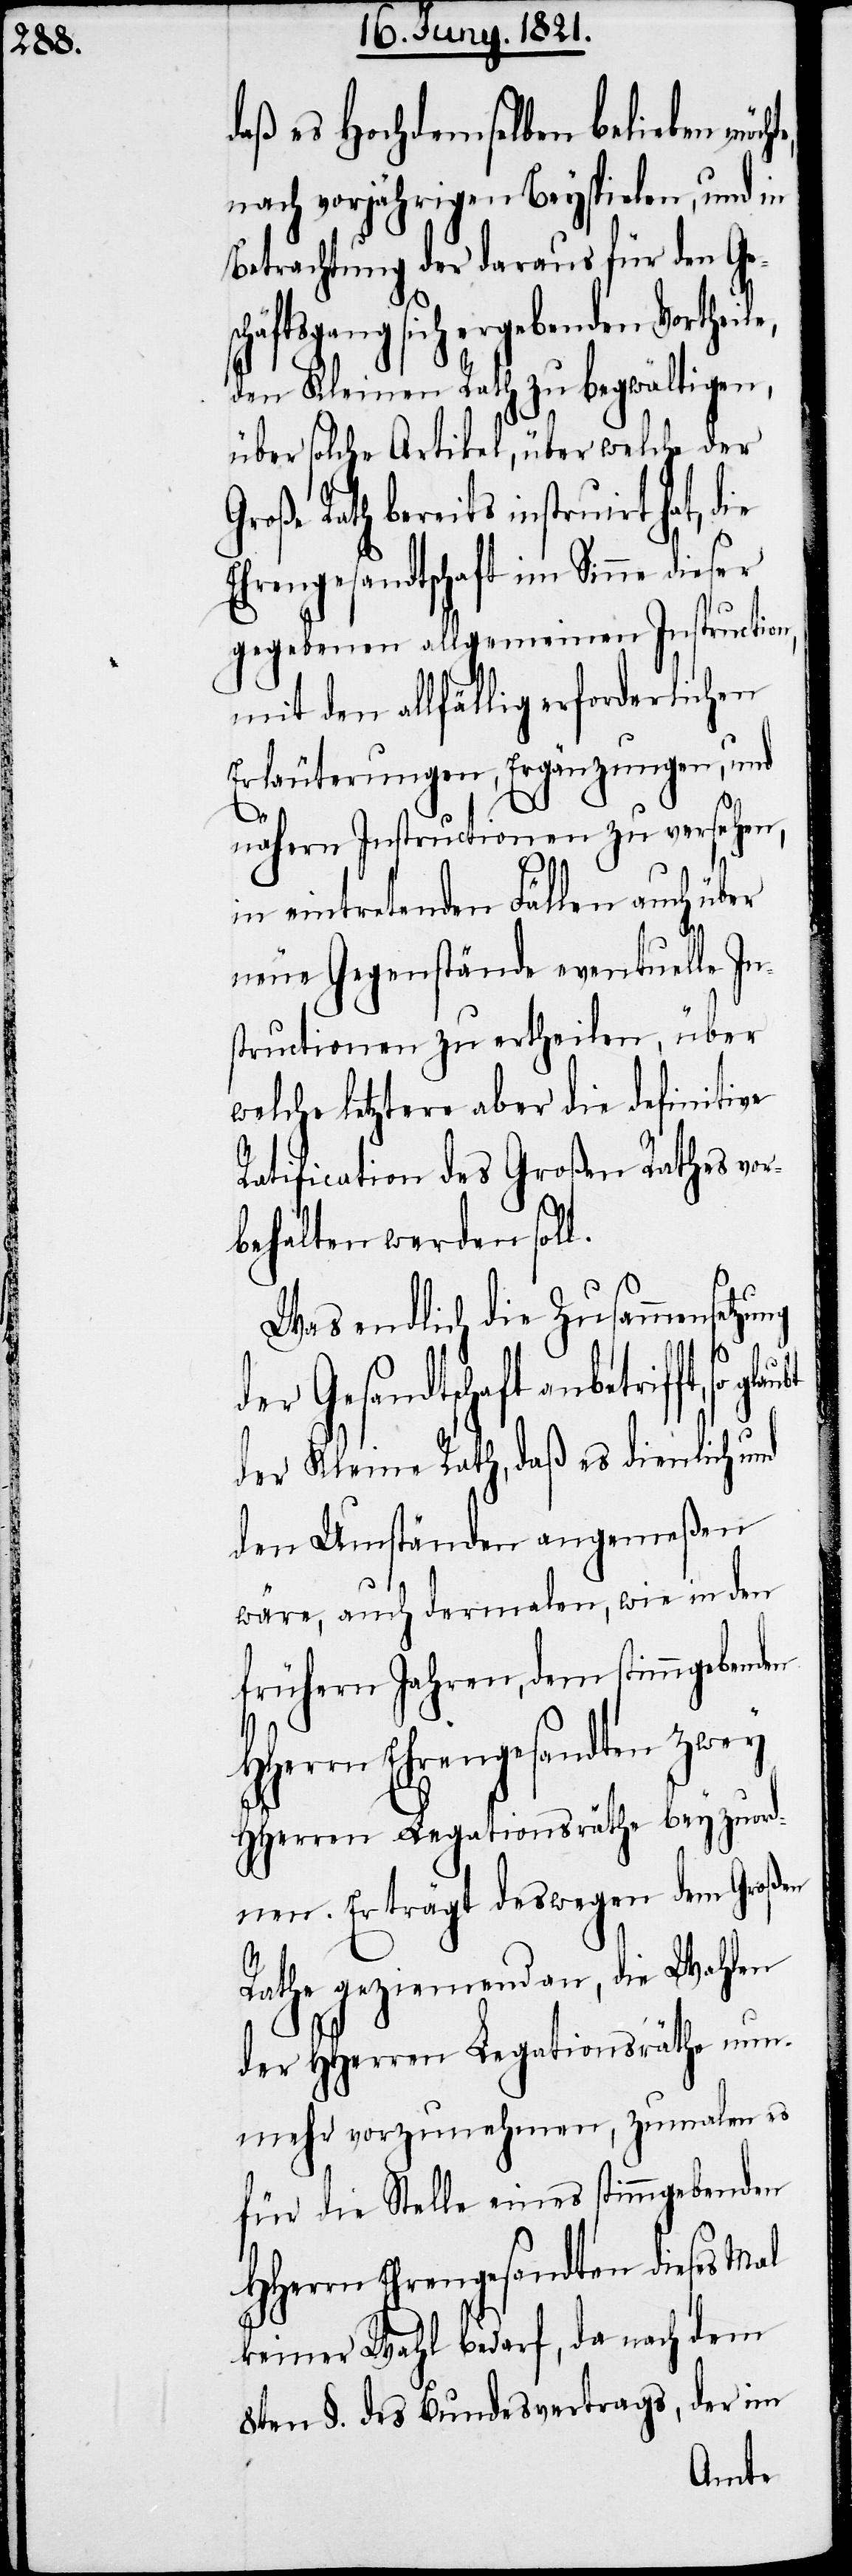
daß es Hochdemselben belieben möch¬
nach vorjährigen Beyspielen, und in
Betrachtung der daraus für den Ge¬
häftsgang sich ergebenden Vortheil¬
den Kleinen Rath zu begwältigen,
über solche Artikel, über welche der
roße Rath bereits instruirt hat, die
Ehrengesandtschaft im Sinne dieser
gegebenen allgemeinen Instruction,
mit den allfällig erforderlichen
Erläuterungen, Ergänzungen, und
nähern Instructionen zu versehen,
e,
in eintretenden Fällen auch über
neue Gegenstände eventuelle In¬
structionen zu ertheilen, über
welch letztere aber die definitive
Ratification des Großen Rathes vor¬
behalten werden soll.
Was endlich die Zusammensetzung
G¬
der Gesandtschaft anbetrifft, so
der Kleine Rath, daß es dienlich und
den Umständen angemeßen
wäre, auch dermalen, wie in den
frühern Jahren, dem stimmgebenden
HHerren Legationsräthe beyzuord¬
nen. Er trägt deswegen dem Großen
Rathe geziemend an, die Wahlen
der HHerren Legationsräthe nun¬
mehr vorzunehmen, zumalen es
für die Stelle eines stimmgebenden
HHerrn Ehrengesandten dieses Mal
keiner Wahl bedarf, da nach dem
8ten §. des Bundesvertrags, der im